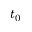
t _ { 0 }